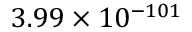
3 . 9 9 \times 1 0 ^ { - 1 0 1 }